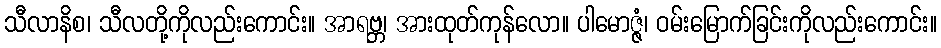
သီလာနိစ၊ သီလတို့ကိုလည်းကောင်း။ အာရဗ္ဘ၊ အားထုတ်ကုန်လော။ ပါမောဇ္ဇံ၊ ဝမ်းမြောက်ခြင်းကိုလည်းကောင်း။